Vaccination Hyderabad 1872-1889 - 1872-1889
Year: 1872
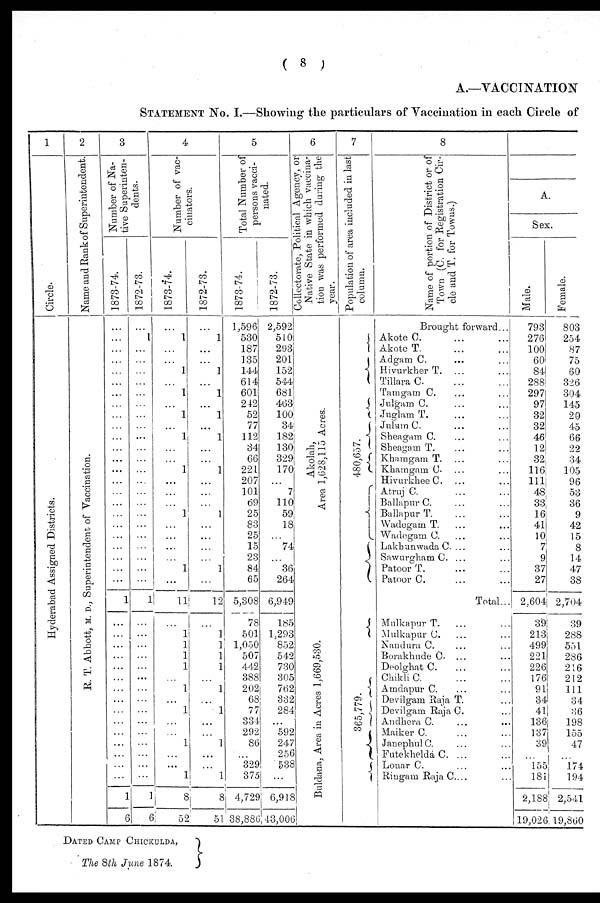
( 8 )
A.—VACCINATION
STATEMENT No. I.—Showing the particulars of Vaccination in each Circle of
1
Circle.
Hyderabad Assigned Districts.
2
Name and Rank of Superintendent.
R. T. Abbott, M. D., Superintendent of Vaccination.
3
Number of Na-
tive Superinten-
dents.
1873-74.
...
...
...
...
...
...
...
...
...
...
...
...
...
...
...
...
...
...
...
...
...
...
...
...
1
...
...
...
...
...
...
...
...
...
...
...
...
...
...
...
1
6
1872-73.
...
1
...
...
...
...
...
...
...
...
...
...
...
...
...
...
...
...
...
...
...
...
...
...
1
...
...
...
...
...
...
...
...
...
...
...
...
...
...
...
1
6
4
Number of vac-
cinators.
1873-74.
...
1
...
...
1
...
1
...
1
...
1
...
...
1
...
...
...
1
...
...
...
...
1
...
11
...
1
1
1
1
...
1
...
1
...
...
1
...
...
1
8
52
1872-73.
...
1
...
...
1
...
1
...
1
...
1
...
...
1
...
...
...
1
...
...
...
...
1
...
12
...
1
1
1
1
...
1
...
1
...
...
1
...
...
1
8
51
5
Total Number of
persons vacci-
nated.
1873-74.
1,596
530
187
135
144
614
601
242
52
77
112
34
66
221
207
101
69
25
83
25
15
23
84
65
5,308
78
501
1,050
507
442
388
202
68
77
334
292
86
...
329
375
4,729
38,886
1872-73.
2,592
510
293
201
152
544
681
463
100
34
182
130
329
170
...
7
110
59
18
...
74
...
36
264
6,949
185
1,293
852
542
730
305
762
332
284
...
592
247
256
538
...
6,918
43,006
6
Collectorate, Political Agency, or
Native State in which vaccina-
tion was performed during the
year.
Akolah,
Area 1,628,115 Acres.
Buldana, Area in Acres 1,669,530.
7
Population of area included in last
column.
480,657.
365,779.
8
Name of portion of District or of
Town (C. for Registration Cir-
cle and T. for Towns.)
Brought forward ...
Akote C. ... ...
Akote T. ... ...
Adgam C. ... ...
Hivurkher T. ... ...
Tillara C. ... ...
Tamgam C. ... ...
Julgam C. ... ...
Juglam
T.
...
...
Julum C. ... ...
Sheagam C. ... ...
Sheagam T. ... ...
Khamgam T. ... ...
Khamgam C. ... ...
Hivurkhee C. ... ...
Atruj C. ... ...
Ballapur C. ... ...
Ballapur T. ... ...
Wadegam T. ... ...
Wadegam C. ... ...
Lakbunwada C. ... ...
Sawurgham C. ... ...
Patoor T. ... ...
Patoor C. ... ...
Total...
Mulkapur T.
... ...
Mulkapur C. ... ...
Nandura C. ... ...
Borakhude C ... ...
Deolghat C. ... ...
Chikli C. ... ...
Amdapur C. ...
Devilgam Raja T....
Devilgam Raja C. ...
Andhera C. ... ...
Maiker C. ... ...
Janephul C. ... ...
Futekhelda C. ... ...
Lonar C. ... ...
Ringam Raja C. ... ...
A.
Sex.
Male.
793
276
100
60
84
288
297
97
32
32
46
12
32
116
111
48
33
16
41
10
7
9
37
27
2,604
39
213
499
221
226
176
91
34
41
136
137
39
...
155
181
2,188
19,026
Female.
803
254
87
75
60
326
304
145
20
45
66
22
34
105
96
53
36
9
42
15
8
14
47
38
2,704
39
288
551
286
216
212
111
34
36
198
155
47
...
174
194
2,541
19,860
DATED CAMP CHICKULDA,
The 8th June 1874.